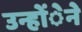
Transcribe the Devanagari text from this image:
उन्होंेने